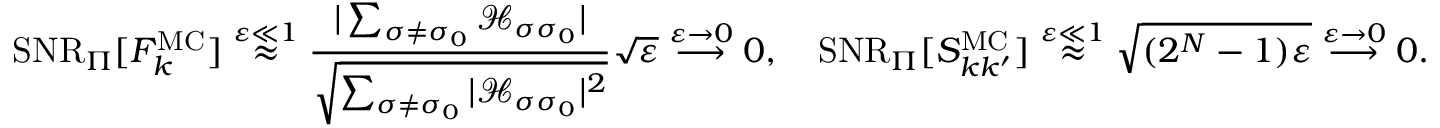
\mathrm { S N R } _ { \Pi } [ F _ { k } ^ { \mathrm { M C } } ] \stackrel { \varepsilon \ll 1 } { \approx } \frac { | \sum _ { \sigma \neq \sigma _ { 0 } } \mathcal { H } _ { \sigma \sigma _ { 0 } } | } { \sqrt { \sum _ { \sigma \neq \sigma _ { 0 } } | \mathcal { H } _ { \sigma \sigma _ { 0 } } | ^ { 2 } } } \sqrt { \varepsilon } \stackrel { \varepsilon \rightarrow 0 } { \longrightarrow } 0 , \quad \mathrm { S N R } _ { \Pi } [ S _ { k k ^ { \prime } } ^ { \mathrm { M C } } ] \stackrel { \varepsilon \ll 1 } { \approx } \sqrt { ( 2 ^ { N } - 1 ) \varepsilon } \stackrel { \varepsilon \rightarrow 0 } { \longrightarrow } 0 .